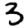
Digit: 3